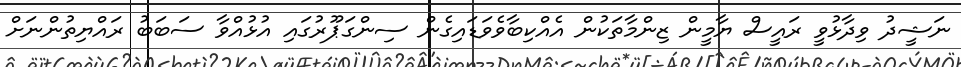
ނަޝީދު ވިދާޅުވީ ރައީސް ޔާމީން ޒިންމާތަކުން އެއްކިބާވެވަޑައިގެން ސިންގަޕޫރުގައި އުޅުއްވާ ސަބަބު ރައްޔިތުންނަށް